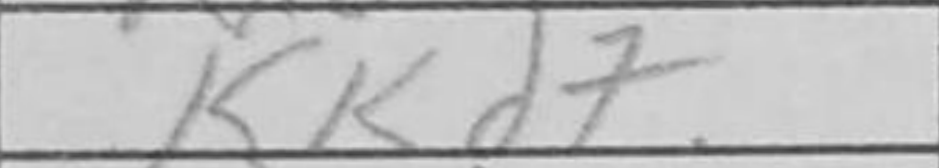
Transcription: Kd7